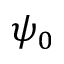
\psi _ { 0 }